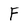
Character: F